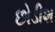
છોડીશ